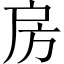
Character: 房